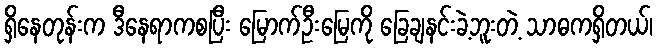
ရှိနေတုန်းက ဒီနေရာကစပြီး မြောက်ဦးမြေကို ခြေချနင်းခဲ့ဘူးတဲ့ သာဓကရှိတယ်၊